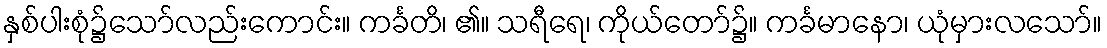
နှစ်ပါးစုံ၌သော်လည်းကောင်း။ ကင်္ခတိ၊ ၏။ သရီရေ၊ ကိုယ်တော်၌။ ကင်္ခမာနော၊ ယုံမှားလသော်။